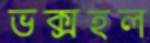
ভক্সহল